Distribution and causation of leprosy in British India
Year: 1875
Disease focus: Leprosy
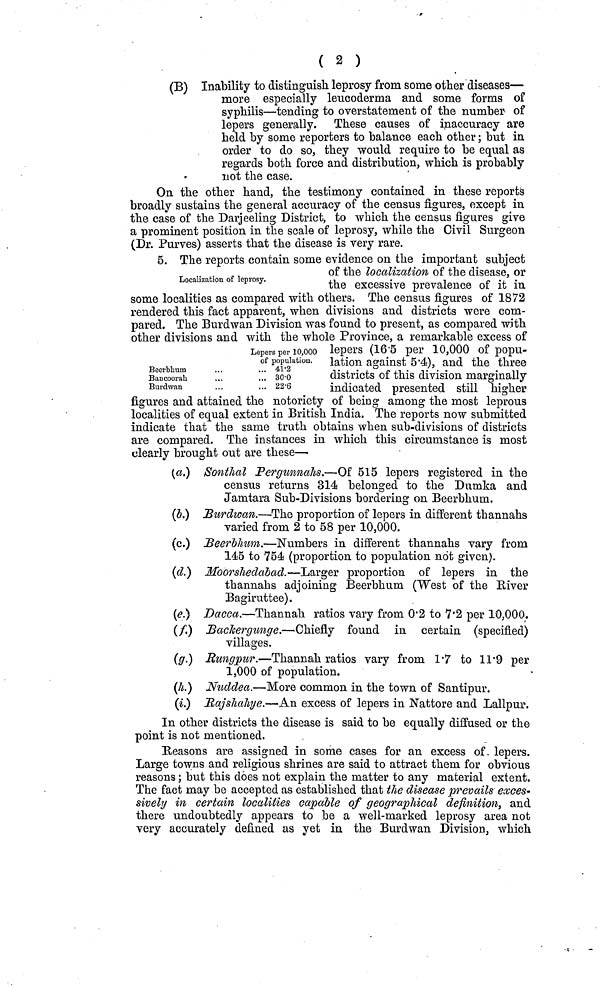
( 2 )
(Β) Inability to distinguish leprosy from some other diseases—
more especially leucoderma and some forms of
syphilis—tending to overstatement of the number of
lepers generally. These causes of inaccuracy are
held by some reporters to balance each other ; but in
order to do so, they would require to be equal as
regards both force and distribution, which is probably
not the case.
On the other hand, the testimony contained in these reports
broadly sustains the general accuracy of the census figures, except in
the case of the Darjeeling District, to which the census figures give
a prominent position in the scale of leprosy, while the Civil Surgeon
(Dr. Purves) asserts that the disease is very rare.
Localization of leprosy.
5. The reports contain some evidence on the important subject
of the localization of the disease, or
the excessive prevalence of it in
some localities as compared with others. The census figures of 1872
rendered this fact apparent, when divisions and districts were com-
pared. The Burdwan Division was found to present, as compared with
other divisions and with the whole Province, a remarkable excess of
lepers (16.5 per 10,000 of popu-
lation against 5.4), and the three
districts of this division marginally
indicated presented still higher
figures and attained the notoriety of being among the most leprous
localities of equal extent in British India. The reports now submitted
indicate that the same truth obtains when sub-divisions of districts
are compared. The instances in which this circumstance is most
clearly brought out are these—
Beerbhmn
Bancoorak
Burdwan
Lepers per 10,000
of population.
... 41.2
... 30.0
... 22.6
(a.) Sonthal Pergunnahs.—Of 515 lepers registered in the
census returns 314 belonged to the Dumka and
Jamtara Sub-Divisions bordering on Beerbhum.
(δ.) Burdwan.—The proportion of lepers in different thannahs
varied from 2 to 58 per 10,000.
(c.) Beerbhum.—Numbers in different thannahs vary from
145 to 754 (proportion to population not given).
(d.) Moorshedabad.—Larger proportion of lepers in the
thannahs adjoining Beerbhum (West of the River
Bagiruttee).
(e.) Dacca.—Thannah ratios vary from 0.2 to 7.2 per 10,000.
(f.) Backergunge.—Chiefly found in certain (specified)
villages.
(g.) Rungpur.—Thannah ratios vary from 1.7 to 11.9 per
1,000 of population.
(h.) Nuddea.—More common in the town of Santipur.
(i.) Rajshahye.—An excess of lepers in Nattore and Lallpur.
In other districts the disease is said to be equally diffused or the
point is not mentioned.
Reasons are assigned in some cases for an excess of lepers.
Large towns and religious shrines are said to attract them for obvious
reasons ; but this does not explain the matter to any material extent.
The fact may be accepted as established that the disease prevails exces-
sively in certain localities capable of geographical definition, and
there undoubtedly appears to be a well-marked leprosy area not
very accurately defined as yet in the Burdwan Division, which